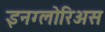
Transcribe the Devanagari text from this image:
इनग्लोरिअस